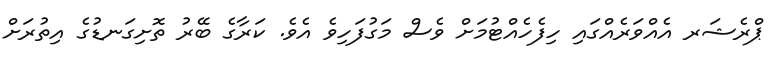
ޕްރެޝަރ އެއްވަރެއްގައި ހިފެހެއްޓުމަށް ވެސް މަގުފަހިވެ އެވެ. ކަރާގެ ބޭރު ތޮށިގަނޑުގެ އިތުރަށް